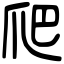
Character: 爬